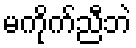
မကိုက်ညီဘဲ